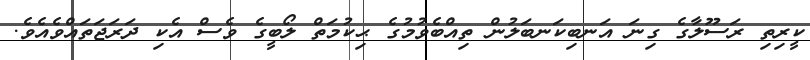
ކީރިތި ރަސޫލާގެ ގިނަ އަނބިކަނބަލުން ތިއްބެވުމުގެ ޙިކުމަތް ލޯބީގެ ވެސް އެކި ދަރަޖަތައްވެއެވެ.